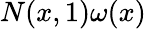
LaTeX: N(x,1)\omega(x)